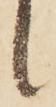
候